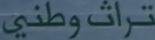
تراثوطني